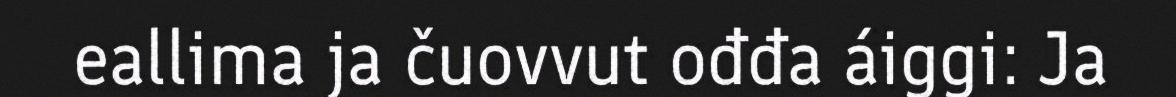
eallima ja čuovvut ođđa áiggi: Ja